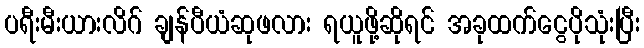
ပရီးမီးယားလိဂ် ချန်ပီယံဆုဖလား ရယူဖို့ဆိုရင် အခုထက်ငွေပိုသုံးပြီး